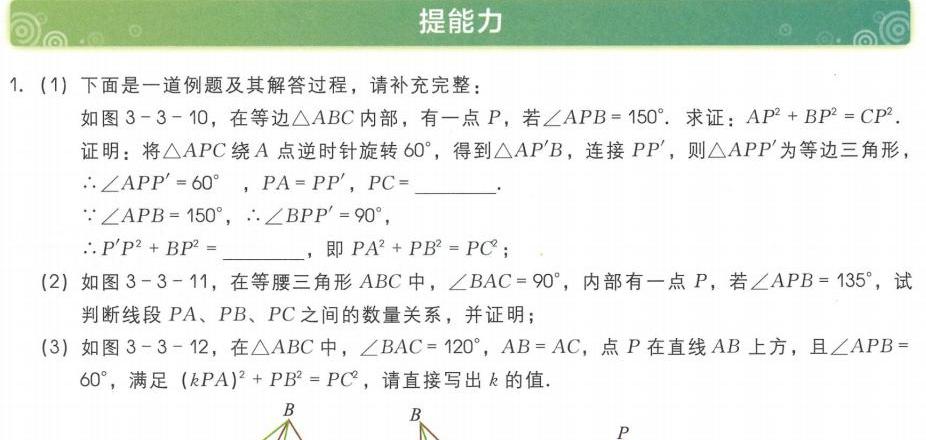
1. (1) 下面是一道例题及其解答过程，请补充完整：
   如图 3 - 3 - 10，在等边\(\triangle ABC\)内部，有一点\(P\)，若\(\angle APB = 150^{\circ}\). 求证：\(AP^{2}+BP^{2}=CP^{2}\).
   证明：将\(\triangle APC\)绕\(A\)逆时针旋转\(60^{\circ}\)，得到\(\triangle AP'B\)，连接\(PP'\)，则\(\triangle APP'\)为等边三角形，
   \(\therefore\angle APP' = 60^{\circ}\) ，\(PA = PP'\)，\(PC =\underline{\quad\quad}\).
   \(\because\angle APB = 150^{\circ}\)，\(\therefore\angle BPP' = 90^{\circ}\)，
   \(\therefore P'P^{2}+BP^{2}=\underline{\quad\quad}\)，即\(PA^{2}+PB^{2}=PC^{2}\)；
   (2) 如图 3 - 3 - 11，在等腰三角形\(ABC\)中，\(\angle BAC = 90^{\circ}\)，内部有一点\(P\)，若\(\angle APB = 135^{\circ}\)，试
判断线段\(PA\)、\(PB\)、\(PC\)之间的数量关系，并证明；
   (3) 如图 3 - 3 - 12，在\(\triangle ABC\)中，\(\angle BAC = 120^{\circ}\)，\(AB = AC\)，点\(P\)在直线\(AB\)上方，且\(\angle APB = 60^{\circ}\)，满足\((kPA)^{2}+PB^{2}=PC^{2}\)，请直接写出\(k\)的值.